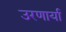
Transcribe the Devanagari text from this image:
उरणार्या